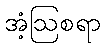
အံ့ဩစရာ